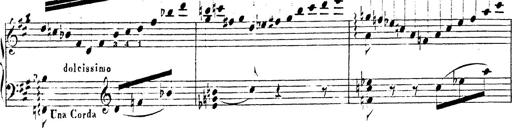
Title: Chanson bohÃ©mienne
Composer: Franz Liszt